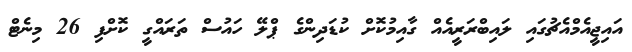
އައިޖީއެމްއެޗުގައި ލައިބްރަރީއެއް ގާއިމުކޮށް ކުޑަދިންގެ ޕްލޭ ހައުސް ތަރައްގީ ކޮށްފި 26 މިނެޓް